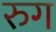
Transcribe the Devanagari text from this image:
रुग